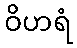
ဝိဟရံ